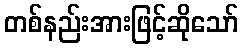
တစ်နည်းအားဖြင့်ဆိုသော်